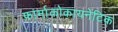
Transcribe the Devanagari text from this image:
फ़ार्माकोकायनेटिक